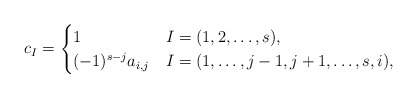
\begin{align*}c_I=\begin{cases}1 & I=(1,2,\dots,s), \\(-1)^{s-j}a_{i,j} & I=(1,\dots,j-1,j+1,\dots,s,i),\end{cases}\end{align*}